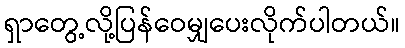
ရှာတွေ့လို့ပြန်ဝေမျှပေးလိုက်ပါတယ်။